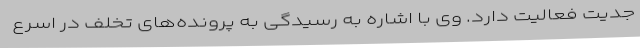
جدیت فعالیت دارد. وی با اشاره به رسیدگی به پرونده‌های تخلف در اسرع